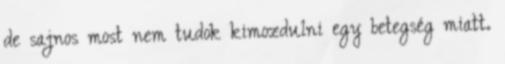
de sajnos most nem tudok kimozdulni egy betegség miatt.